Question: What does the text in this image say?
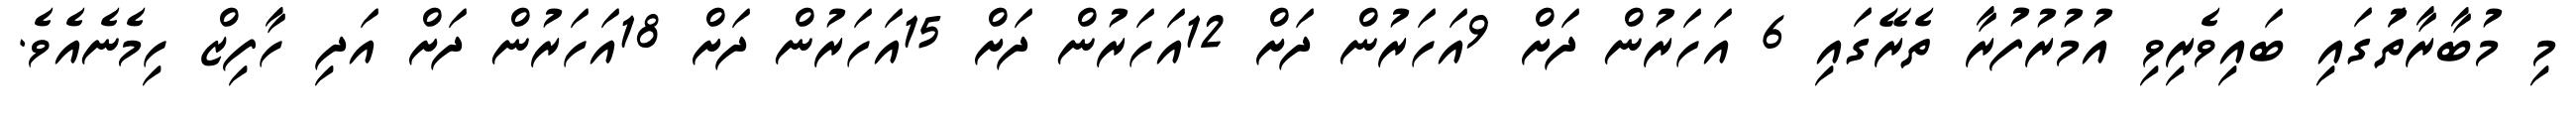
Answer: މި މުބާރާތުަގައި ބައިވެރިވި އުމުރުފުރާ ތެރޭގައި 6 އަހަރުން ދަށް 9އަހަރުން ދަށް 12އަހަރުން ދަށް 15އަހަރުން ދަށް 18އަހަރުން ދަށް އަދި ހާފިޒް ހިމެނެއެވެ.